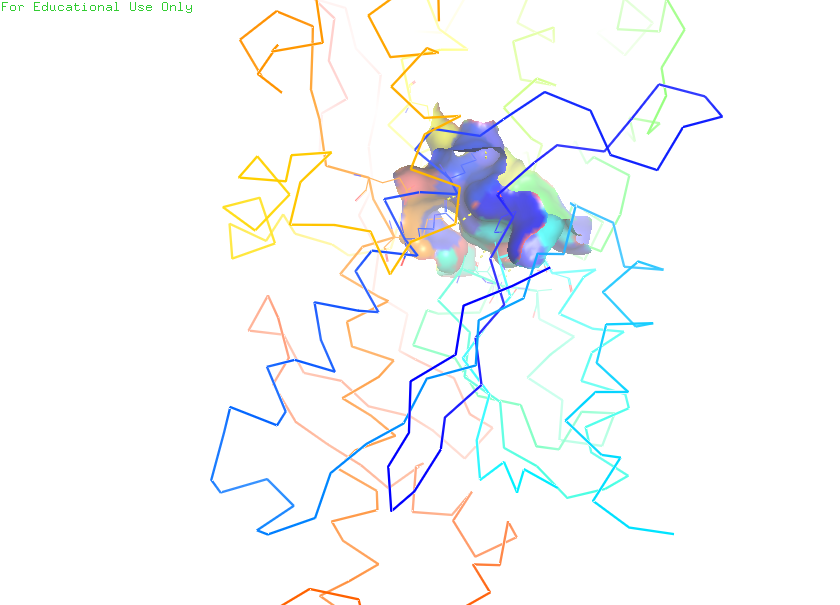
pymol, preset, ligand_sites_hq